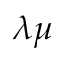
\lambda \mu